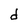
Character: d